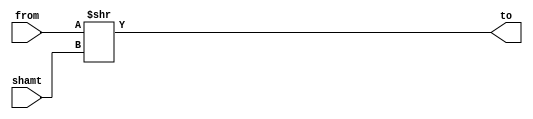
module ShiftRightN(
    from,
    shamt,
    to
);
    input wire [31:0] from;
    input wire [4:0] shamt;
    output wire [31:0] to;

    assign to = from >> shamt;
endmodule